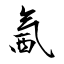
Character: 氥